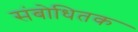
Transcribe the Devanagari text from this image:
संबोधितक